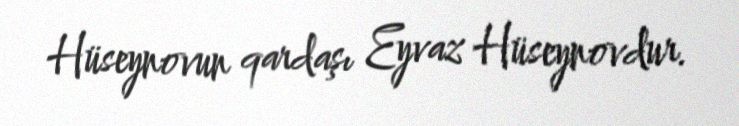
Hüseynovun qardaşı Eyvaz Hüseynovdur.